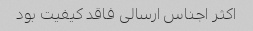
اکثر اجناس ارسالی فاقد کیفیت بود